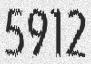
5912